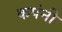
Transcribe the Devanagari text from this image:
कपंनी